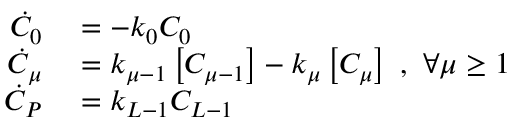
\begin{array} { r l } { \dot { C } _ { 0 } } & { { } = - k _ { 0 } C _ { 0 } } \\ { \dot { C } _ { \mu } } & { { } = k _ { \mu - 1 } \left[ C _ { \mu - 1 } \right] - k _ { \mu } \left[ C _ { \mu } \right] \ , \ \forall \mu \geq 1 } \\ { \dot { C } _ { P } } & { { } = k _ { L - 1 } C _ { L - 1 } } \end{array}